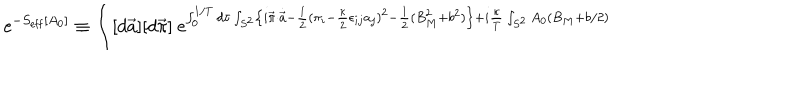
\mathrm { ~ e } ^ { - S _ { \mathrm { e f f } } [ A _ { 0 } ] } \equiv \int [ d \vec { a } ] [ d \vec { \pi } ] \mathrm { ~ e } ^ { \int _ { 0 } ^ { 1 / T } d \tau \int _ { S ^ { 2 } } \left\{ i \vec { \pi } \cdot \dot { \vec { a } } - \frac { 1 } { 2 } ( \pi _ { i } - \frac { \kappa } { 2 } \epsilon _ { i j } a _ { j } ) ^ { 2 } - \frac { 1 } { 2 } ( B _ { M } ^ { 2 } + b ^ { 2 } ) \right\} + i \frac { \kappa } { T } \int _ { S ^ { 2 } } A _ { 0 } \left( B _ { M } + b / 2 \right) }